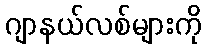
ဂျာနယ်လစ်များကို